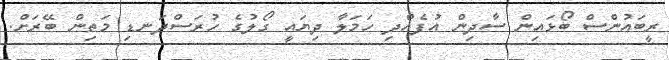
ރީބައުންސް ބޯޅައިން ސާދިން އުފެއްދި ހަމަލާ ދިޔައީ ގޯލުގެ ހުރަސްދަނޑި މަތިން ބޭރަށް.